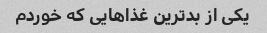
یکی از بدترین غذاهایی که خوردم